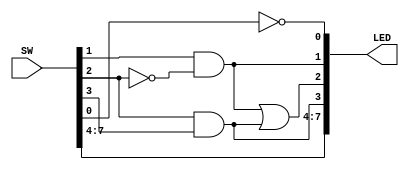
`timescale 1ns / 1ps
//////////////////////////////////////////////////////////////////////////////////
// Module Name: lab1
//////////////////////////////////////////////////////////////////////////////////


module lab1(
    input [7:0] SW,
     output [7:0] LED
    );
    
    assign LED[0] = ~SW[0];
    assign LED[1] = SW[1] & ~SW[2];
    assign LED[3] = SW[2] & SW[3];
    assign LED[2] = LED[1] | LED[3];
    
    assign LED[7:4] = SW[7:4];
    
endmodule